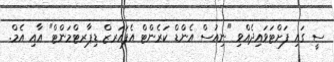
ސީ ގައި ފަށްޓަވައިދެއްވި "ނިއުސް އެންޑް ކަރެންޓް އެފައަރޒް ޑިޕާރޓްމަންޓް" އާއި އެމް.